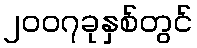
၂၀၀၇ခုနှစ်တွင်